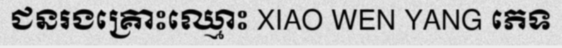
ជនរងគ្រោះឈ្មោះ XIAO WEN YANG ភេទ